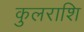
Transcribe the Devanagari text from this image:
कुलराशि